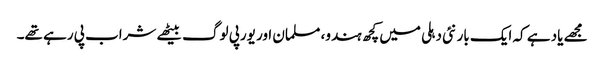
مجھے یاد ہے کہ ایک بار نئی دہلی میں کچھ ہندو، مسلمان اور یورپی لوگ بیٹھے شراب پی رہے تھے۔